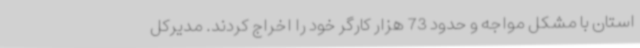
استان با مشکل مواجه و حدود 73 هزار کارگر خود را اخراج کردند. مدیرکل